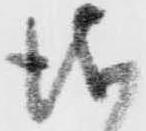
儀